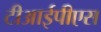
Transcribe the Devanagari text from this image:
टीआईपीएस